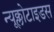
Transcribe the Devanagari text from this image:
न्यूक्लोटाइडस